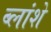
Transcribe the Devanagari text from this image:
ब्लांशे